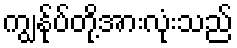
ကျွန်ုပ်တို့အားလုံးသည်